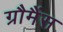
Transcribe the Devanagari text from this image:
ग्रौमैंस